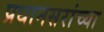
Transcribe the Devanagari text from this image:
प्रधानसरांच्या